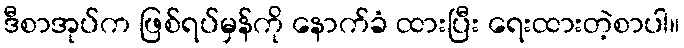
ဒီစာအုပ်က ဖြစ်ရပ်မှန်ကို နောက်ခံ ထားပြီး ရေးထားတဲ့စာပါ။